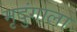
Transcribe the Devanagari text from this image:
मृदुंगाला